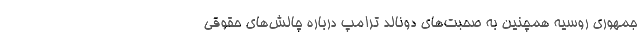
جمهوری روسیه همچنین به صحبت‌های دونالد ترامپ درباره چالش‌های حقوقی